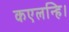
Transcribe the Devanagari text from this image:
कएलन्हि।